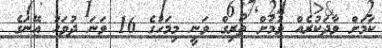
ކަމަށް ވާދަކުރެއް ވުމަށް ތޯރިގް ވަނީ މިމަހުގެ 16 ވަނަ ދުވަހު އޭނަގެ